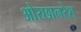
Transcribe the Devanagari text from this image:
ओरछानरेश